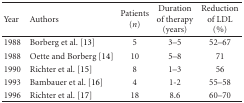
<table><thead><tr><td><b> Year</b></td><td><b>Authors</b></td><td><b>Patients (<i>n</i>)</b></td><td><b>Duration of therapy (years)</b></td><td><b>Reduction of LDL (%)</b></td></tr></thead><tbody><tr><td>1988</td><td>Borberg et al. [13]</td><td>5</td><td>3–5</td><td>52–67</td></tr><tr><td>1988</td><td>Oette and Borberg [14]</td><td>10</td><td>5–8</td><td>71</td></tr><tr><td>1990</td><td>Richter et al. [15]</td><td>8</td><td>1–3</td><td>56</td></tr><tr><td>1993</td><td>Bambauer et al. [16]</td><td>4</td><td>1-2</td><td>55–58</td></tr><tr><td>1996</td><td>Richter et al. [17]</td><td>18</td><td>8.6</td><td>60–70</td></tr></tbody></table>